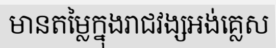
មានតម្លៃក្នុងរាជវង្សអង់គ្លេស